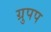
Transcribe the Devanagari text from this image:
ग्रुपप